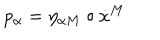
p _ { \alpha } = \eta _ { \alpha M } \circ \dot { x } ^ { M }